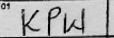
Transcription: KPW